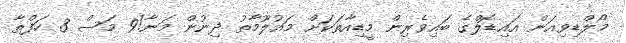
މޯލްޑިވިއަން އައިޑޮލްގެ ބައިވެރިން މީޑިއާތަކަށް މައުލޫމާތު ދިނުން މަނާ!9 މަސް 3 ހަފްތާ